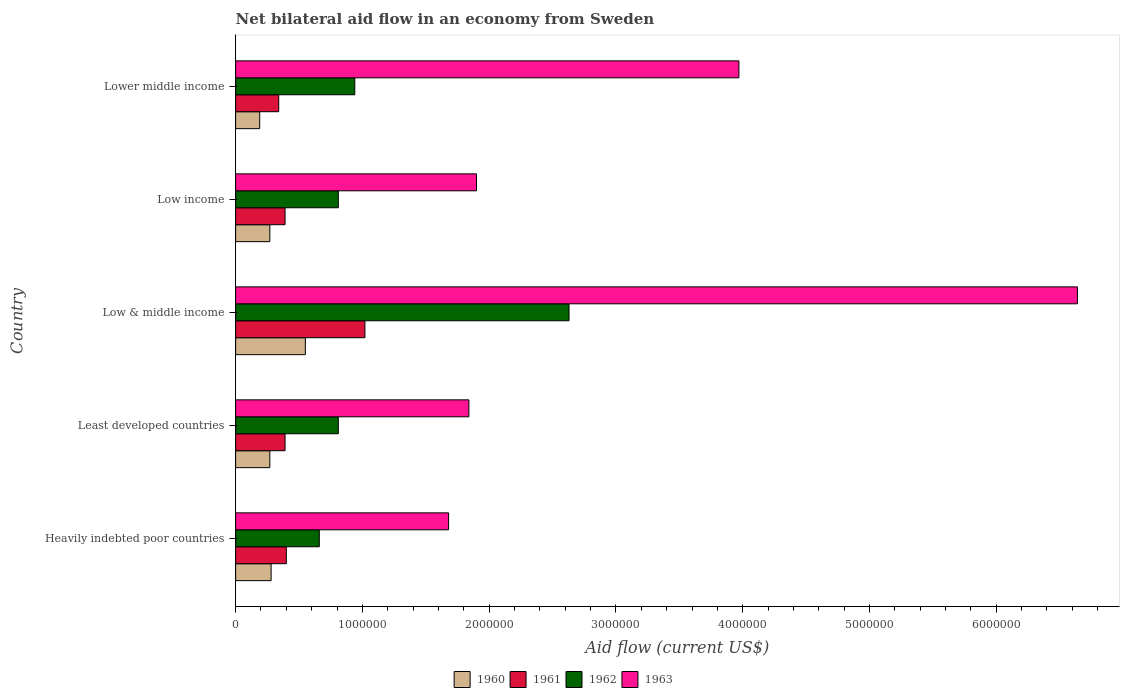
| Country | 1960 | 1961 | 1962 | 1963 |
 | --- | --- | --- | --- | --- |
 | Heavily indebted poor countries | 2.8e+05 | 4e+05 | 6.6e+05 | 1.68e+06 |
 | Least developed countries | 2.7e+05 | 3.9e+05 | 8.1e+05 | 1.84e+06 |
 | Low & middle income | 5.5e+05 | 1.02e+06 | 2.63e+06 | 6.64e+06 |
 | Low income | 2.7e+05 | 3.9e+05 | 8.1e+05 | 1.9e+06 |
 | Lower middle income | 1.9e+05 | 3.4e+05 | 9.4e+05 | 3.97e+06 |